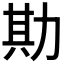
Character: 𫦮